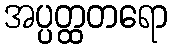
အပ္ပတ္ထတရော